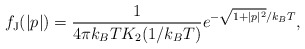
\begin{align*}f_{\textrm{J}}(|p|) = \frac{1}{4\pi k_B T K_2(1/k_B T)}e^{-\sqrt{1+|p|^2}/k_B T},\end{align*}